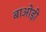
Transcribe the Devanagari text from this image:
बाओड़ी